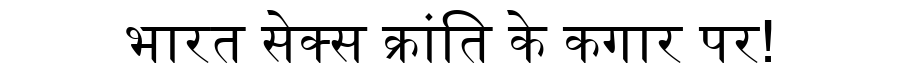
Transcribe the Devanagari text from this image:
भारत सेक्स क्रांति के कगार पर!